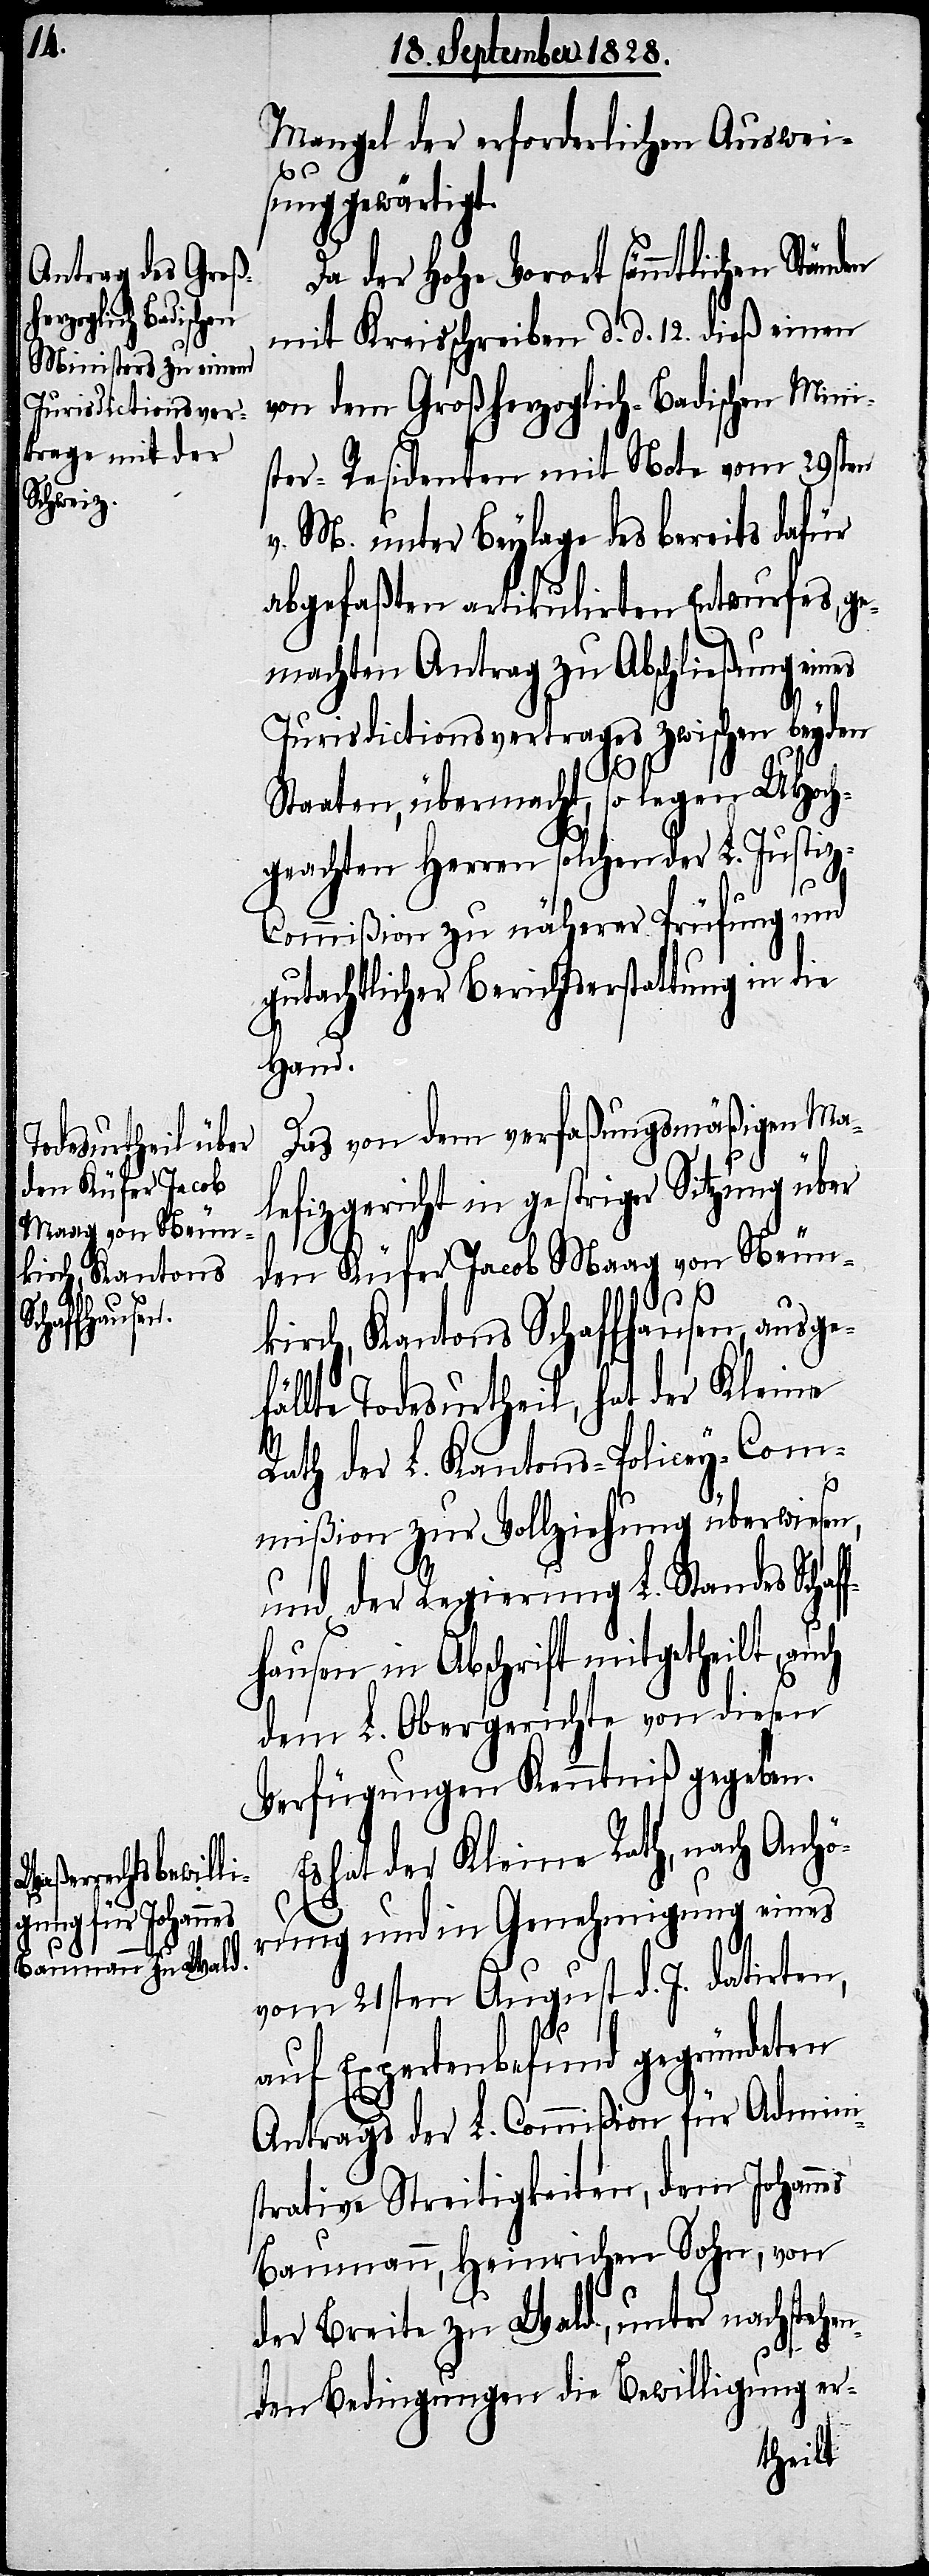
den Küfer Jacob
Maag von Neun¬
Schaffhausen
den

Mangel der erforderlichen Auswei¬
sung gewärtigt.
Da der Hohe Vorort sämmtlichen Stän¬
mit Kreisschreiben d. d. 12. dieß einen
von dem Großherzoglich-Badischen Mini¬
ster-Residenten mit Note vom 29sten
v. M. unter Beylage des bereits dafür
abgefaßten artikulirten Entwurfes, ge¬
machten Antrag zu Abschließung eines
Jurisdictionsvertrages zwischen beyden
Staaten, übermacht, so legen UHoch¬
geachten Herren solchen der L. Justiz-C¬
ommißion zu näherer Prüfung und
gutachtlicher Berichtserstattung in die
Hand.
Das von dem verfaßungsmäßigen Ma¬
lefizgericht in gestriger Sitzung über
kirch, Kantons Schaffhausen, ausge¬
fällte Todesurtheil, hat der Kleine
Rath der L. Kantons-Policey-Com¬
mißion zur Vollziehung überwiesen,
und der Regierung L. Standes
in Abschrift mitgetheilt, a¬
dem L. Obergerichte von diesen
Verfügungen Kenntniß gegeben.
Es hat der Kleine Rath, nach Anhö¬
uch
rung und in Genehmigung eines
vom 21sten August d. J. datirten,
auf Expertenbefund gegründeten
Antrags der L. Commißion für Admini¬
strative Streitigkeiten, dem Johannes
Baumann, Heinrichen Sohn, von
der Breite zu Wald, unter nachstehen¬
den Bedingungen die Bewilligung er-